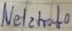
Text: Netztrafo